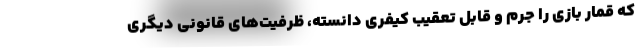
که قمار بازی را جرم و قابل تعقیب کیفری دانسته، ظرفیت‌های قانونی دیگری